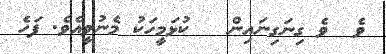
ވެ  ވެ ގިނަގިނައިން   ކުޅަމީހަކު މެނުވީއެވެ. ފަހެ